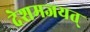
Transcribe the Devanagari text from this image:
देशमजयत्